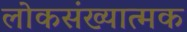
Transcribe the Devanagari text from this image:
लोकसंख्यात्मक